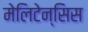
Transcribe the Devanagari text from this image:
मेलिटेन्सिस